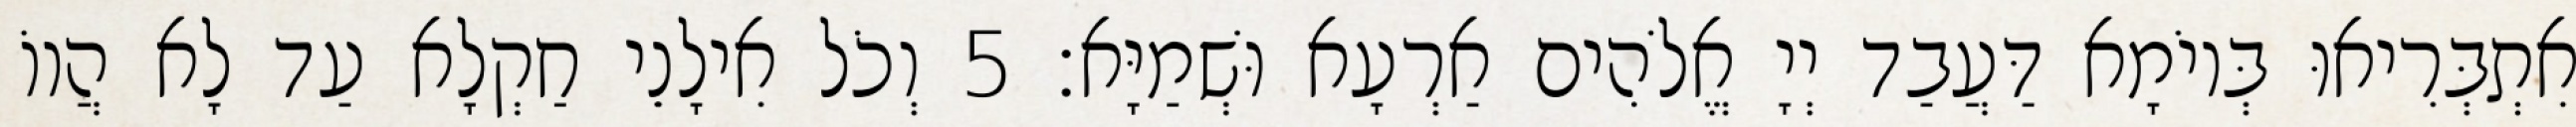
אִתְבְּרִיאוּ בְּיוֹמָא דַּעֲבַד יְיָ אֱלֹהִים אַרְעָא וּשְׁמַיָּא׃ 5 וְכֹל אִילָנֵי חַקְלָא עַד לָא הֲווֹ